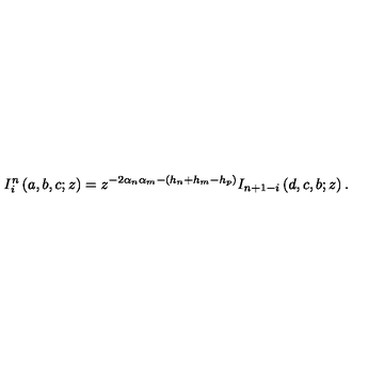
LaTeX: I _ { i } ^ { n } \left( a , b , c ; z \right) = z ^ { - 2 \alpha _ { n } \alpha _ { m } - \left( h _ { n } + h _ { m } - h _ { p } \right) } I _ { n + 1 - i } \left( d , c , b ; z \right) .